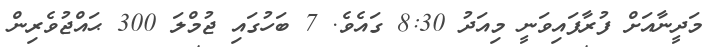
މަދީނާއަށް ފުރާފައިވަނީ މިއަދު 8:30 ގައެވެ. 7 ބަހުގައި ޖުމްލަ 300 ޙައްޖުވެރިން